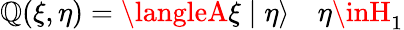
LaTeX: \operatorname{\mathbb{Q}}(\xi,\eta)=\langleA\xi\mid\eta\rangle\quad\eta\inH_{1}